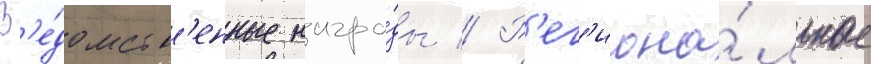
В'е́домств'енные награ́ды // Р'ег'иона́льные